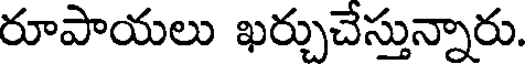
రూపాయలు ఖర్చుచేస్తున్నారు.